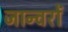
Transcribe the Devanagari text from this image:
जान्वरों